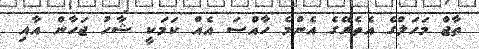
ތާޖް މަހަލްގެ އެތެރޭގެ އެންމެ ހާއްސަ އެއް ކަމަކީ ޝާހު ޖަހާން އާއި